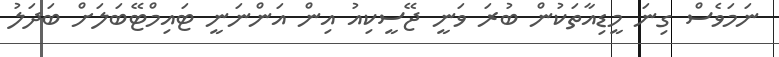
ނަމަވެސް ގިނަ މީޑިއާތަކުން ބުރަ ވަނީ ޖޭސީކިއު އިން އަންނަނީ ޓައިމްޓޭބަލަށް ބަދަލު